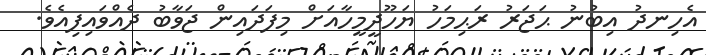
އެހިނދު އިބުނު ޙަޖަރު ރަޙިމަހު ޔަހޫދީމީހާއަށް މިފަދައިން ޖަވާބު ދެއްވައިފިއެވެ.